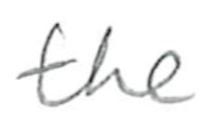
Text: the
Cross-out: clean
Writing tool: pencil